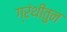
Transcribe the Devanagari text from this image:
ग्रंथीतुन